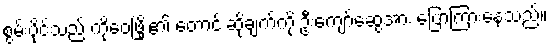
စွမ်းပိုင်သည် ကိုဝေဖြိုး၏ တောင်းဆိုချက်ကို ဦးကျော်ဆွေအား ပြောကြားနေသည်။